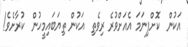
އަކުން  ކޮށްފިނަމަ އެއަށްވުރެ ރިވެތި  އަކުން ތިޔަބައިމީހުން  ކުރާށެވެ!